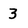
Character: 3